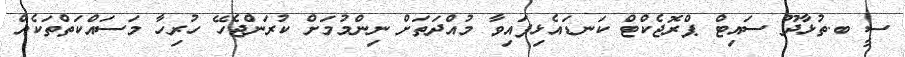
ސީ ބ.ތުޅާދޫ ސައިޓް ޕްރޮޖެކްޓް ކަނޑައެޅިފައިވާ މުއްދަތަށް ނިންމުމަށް ކުރަންޖެހޭ ހުރިހާ މަސައްކަތްތަކެއް